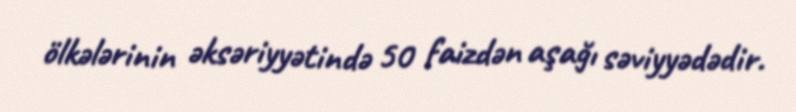
ölkələrinin əksəriyyətində 50 faizdən aşağı səviyyədədir.